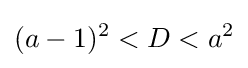
(a-1)^{2}<D<a^{2}